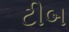
ટીબ